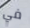
في